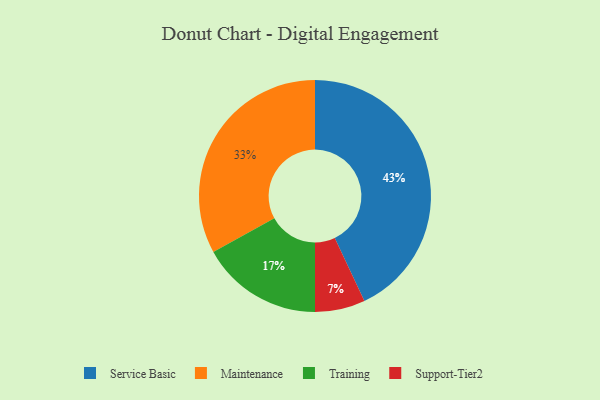
{"axis": {"x": "Category", "y": "Percentage"}, "legend": ["Maintenance", "Service Basic", "Support-Tier2", "Training"], "data": [{"x": "Service Basic", "y": 43, "type": "Service Basic"}, {"x": "Support-Tier2", "y": 7, "type": "Support-Tier2"}, {"x": "Maintenance", "y": 33, "type": "Maintenance"}, {"x": "Training", "y": 17, "type": "Training"}]}